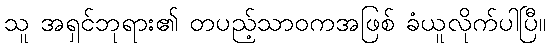
သူ အရှင်ဘုရား၏ တပည့်သာဝကအဖြစ် ခံယူလိုက်ပါပြီ။